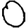
Digit: 0